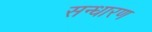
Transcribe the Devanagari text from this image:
सन्‍धारण